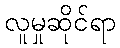
လူမှုဆိုင်ရာ